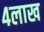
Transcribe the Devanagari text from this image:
४लाख